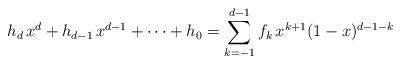
LaTeX: \begin{align*} h_d \, x^d + h_{ d-1 } \, x^{ d-1 } + \dots + h_0 = \sum_{ k = -1 }^{ d-1 } f_k \,x^{ k+1 } (1-x)^{ d-1-k } \end{align*}